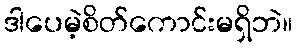
ဒါပေမဲ့စိတ်ကောင်းမရှိဘဲ။